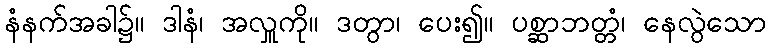
နံနက်အခါ၌။ ဒါနံ၊ အလှူကို။ ဒတွာ၊ ပေး၍။ ပစ္ဆာဘတ္တံ၊ နေလွဲသော